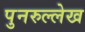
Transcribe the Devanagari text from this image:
पुनरुल्लेख